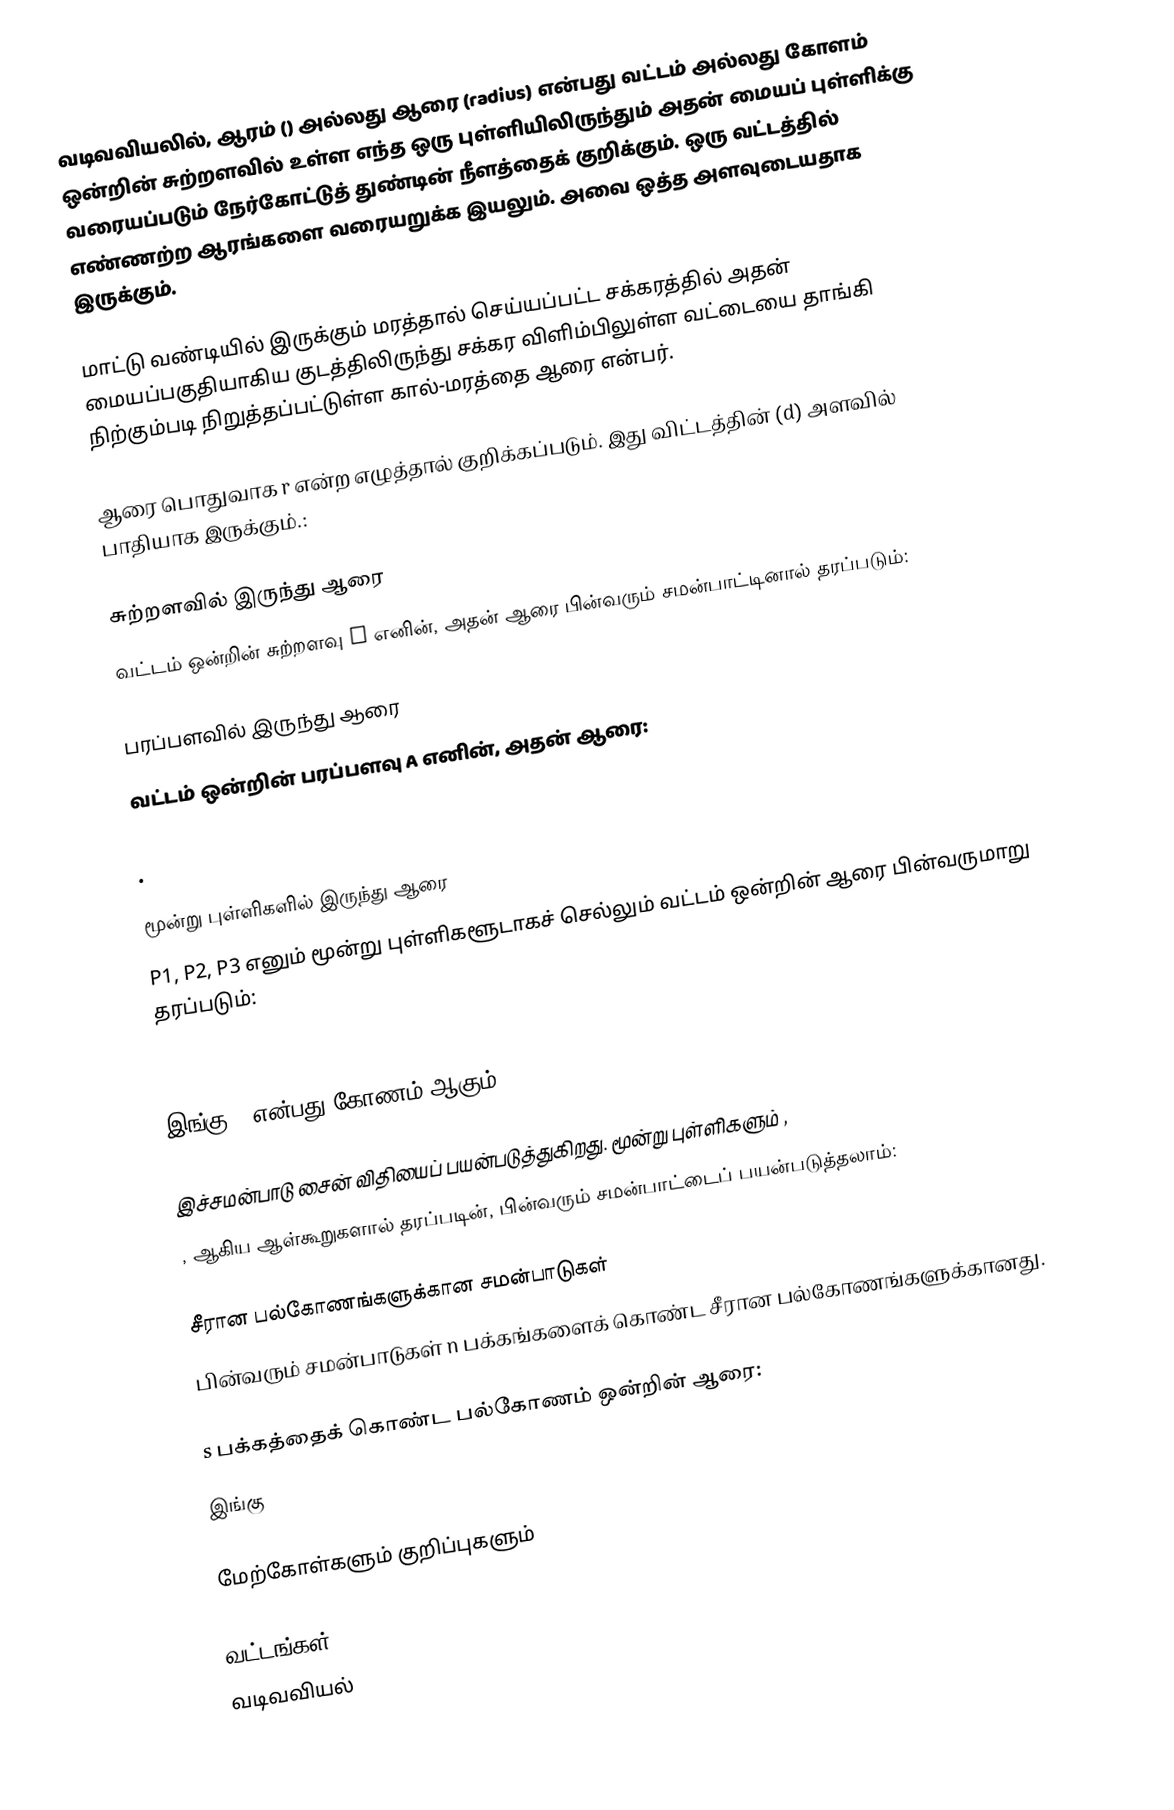
வடிவவியலில், ஆரம் () அல்லது ஆரை (radius) என்பது வட்டம் அல்லது கோளம் ஒன்றின் சுற்றளவில் உள்ள எந்த ஒரு புள்ளியிலிருந்தும் அதன் மையப் புள்ளிக்கு வரையப்படும் நேர்கோட்டுத் துண்டின் நீளத்தைக் குறிக்கும். ஒரு வட்டத்தில் எண்ணற்ற ஆரங்களை வரையறுக்க இயலும். அவை ஒத்த அளவுடையதாக இருக்கும்.

மாட்டு வண்டியில் இருக்கும் மரத்தால் செய்யப்பட்ட சக்கரத்தில் அதன் மையப்பகுதியாகிய குடத்திலிருந்து சக்கர விளிம்பிலுள்ள வட்டையை தாங்கி நிற்கும்படி நிறுத்தப்பட்டுள்ள கால்-மரத்தை ஆரை என்பர்.

ஆரை பொதுவாக r என்ற எழுத்தால் குறிக்கப்படும். இது விட்டத்தின் (d) அளவில் பாதியாக இருக்கும்.:

சுற்றளவில் இருந்து ஆரை
வட்டம் ஒன்றின் சுற்றளவு C எனின், அதன் ஆரை பின்வரும் சமன்பாட்டினால் தரப்படும்:

பரப்பளவில் இருந்து ஆரை
வட்டம் ஒன்றின் பரப்பளவு A எனின், அதன் ஆரை:

 .

மூன்று புள்ளிகளில் இருந்து ஆரை
P1, P2, P3 எனும் மூன்று புள்ளிகளூடாகச் செல்லும் வட்டம் ஒன்றின் ஆரை பின்வருமாறு தரப்படும்:

இங்கு θ என்பது கோணம்  ஆகும்.

இச்சமன்பாடு சைன் விதியைப் பயன்படுத்துகிறது. மூன்று புள்ளிகளும் ,
,  ஆகிய ஆள்கூறுகளால் தரப்படின், பின்வரும் சமன்பாட்டைப் பயன்படுத்தலாம்:

சீரான பல்கோணங்களுக்கான சமன்பாடுகள்
பின்வரும் சமன்பாடுகள் n பக்கங்களைக் கொண்ட சீரான பல்கோணங்களுக்கானது.

s பக்கத்தைக் கொண்ட பல்கோணம் ஒன்றின் ஆரை:
     இங்கு

மேற்கோள்களும் குறிப்புகளும்

வட்டங்கள்
வடிவவியல்